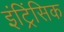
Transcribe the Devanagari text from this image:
इंट्रिंसिक